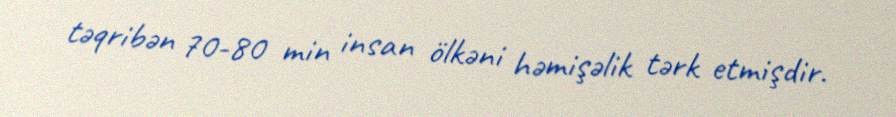
təqribən 70-80 min insan ölkəni həmişəlik tərk etmişdir.